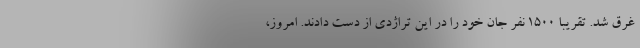
غرق شد. تقریبا 1500 نفر جان خود را در این تراژدی از دست دادند. امروز،